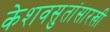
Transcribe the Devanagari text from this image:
केशवसुतांसारखी